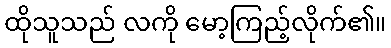
ထိုသူသည် လကို မော့ကြည့်လိုက်၏။